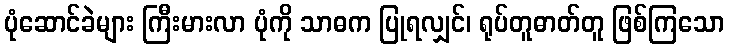
ပုံဆောင်ခဲများ ကြီးမားလာ ပုံကို သာဓက ပြုရလျှင်၊ ရုပ်တူဓာတ်တူ ဖြစ်ကြသော